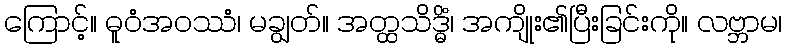
ကြောင့်။ ဓူဝံအဝဿံ၊ မချွတ်။ အတ္ထသိဒ္ဓိံ၊ အကျိုး၏ပြီးခြင်းကို။ လဗ္ဘာမ၊